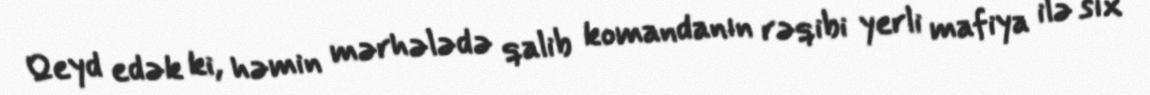
Qeyd edək ki, həmin mərhələdə qalib komandanın rəqibi yerli mafiya ilə sıx